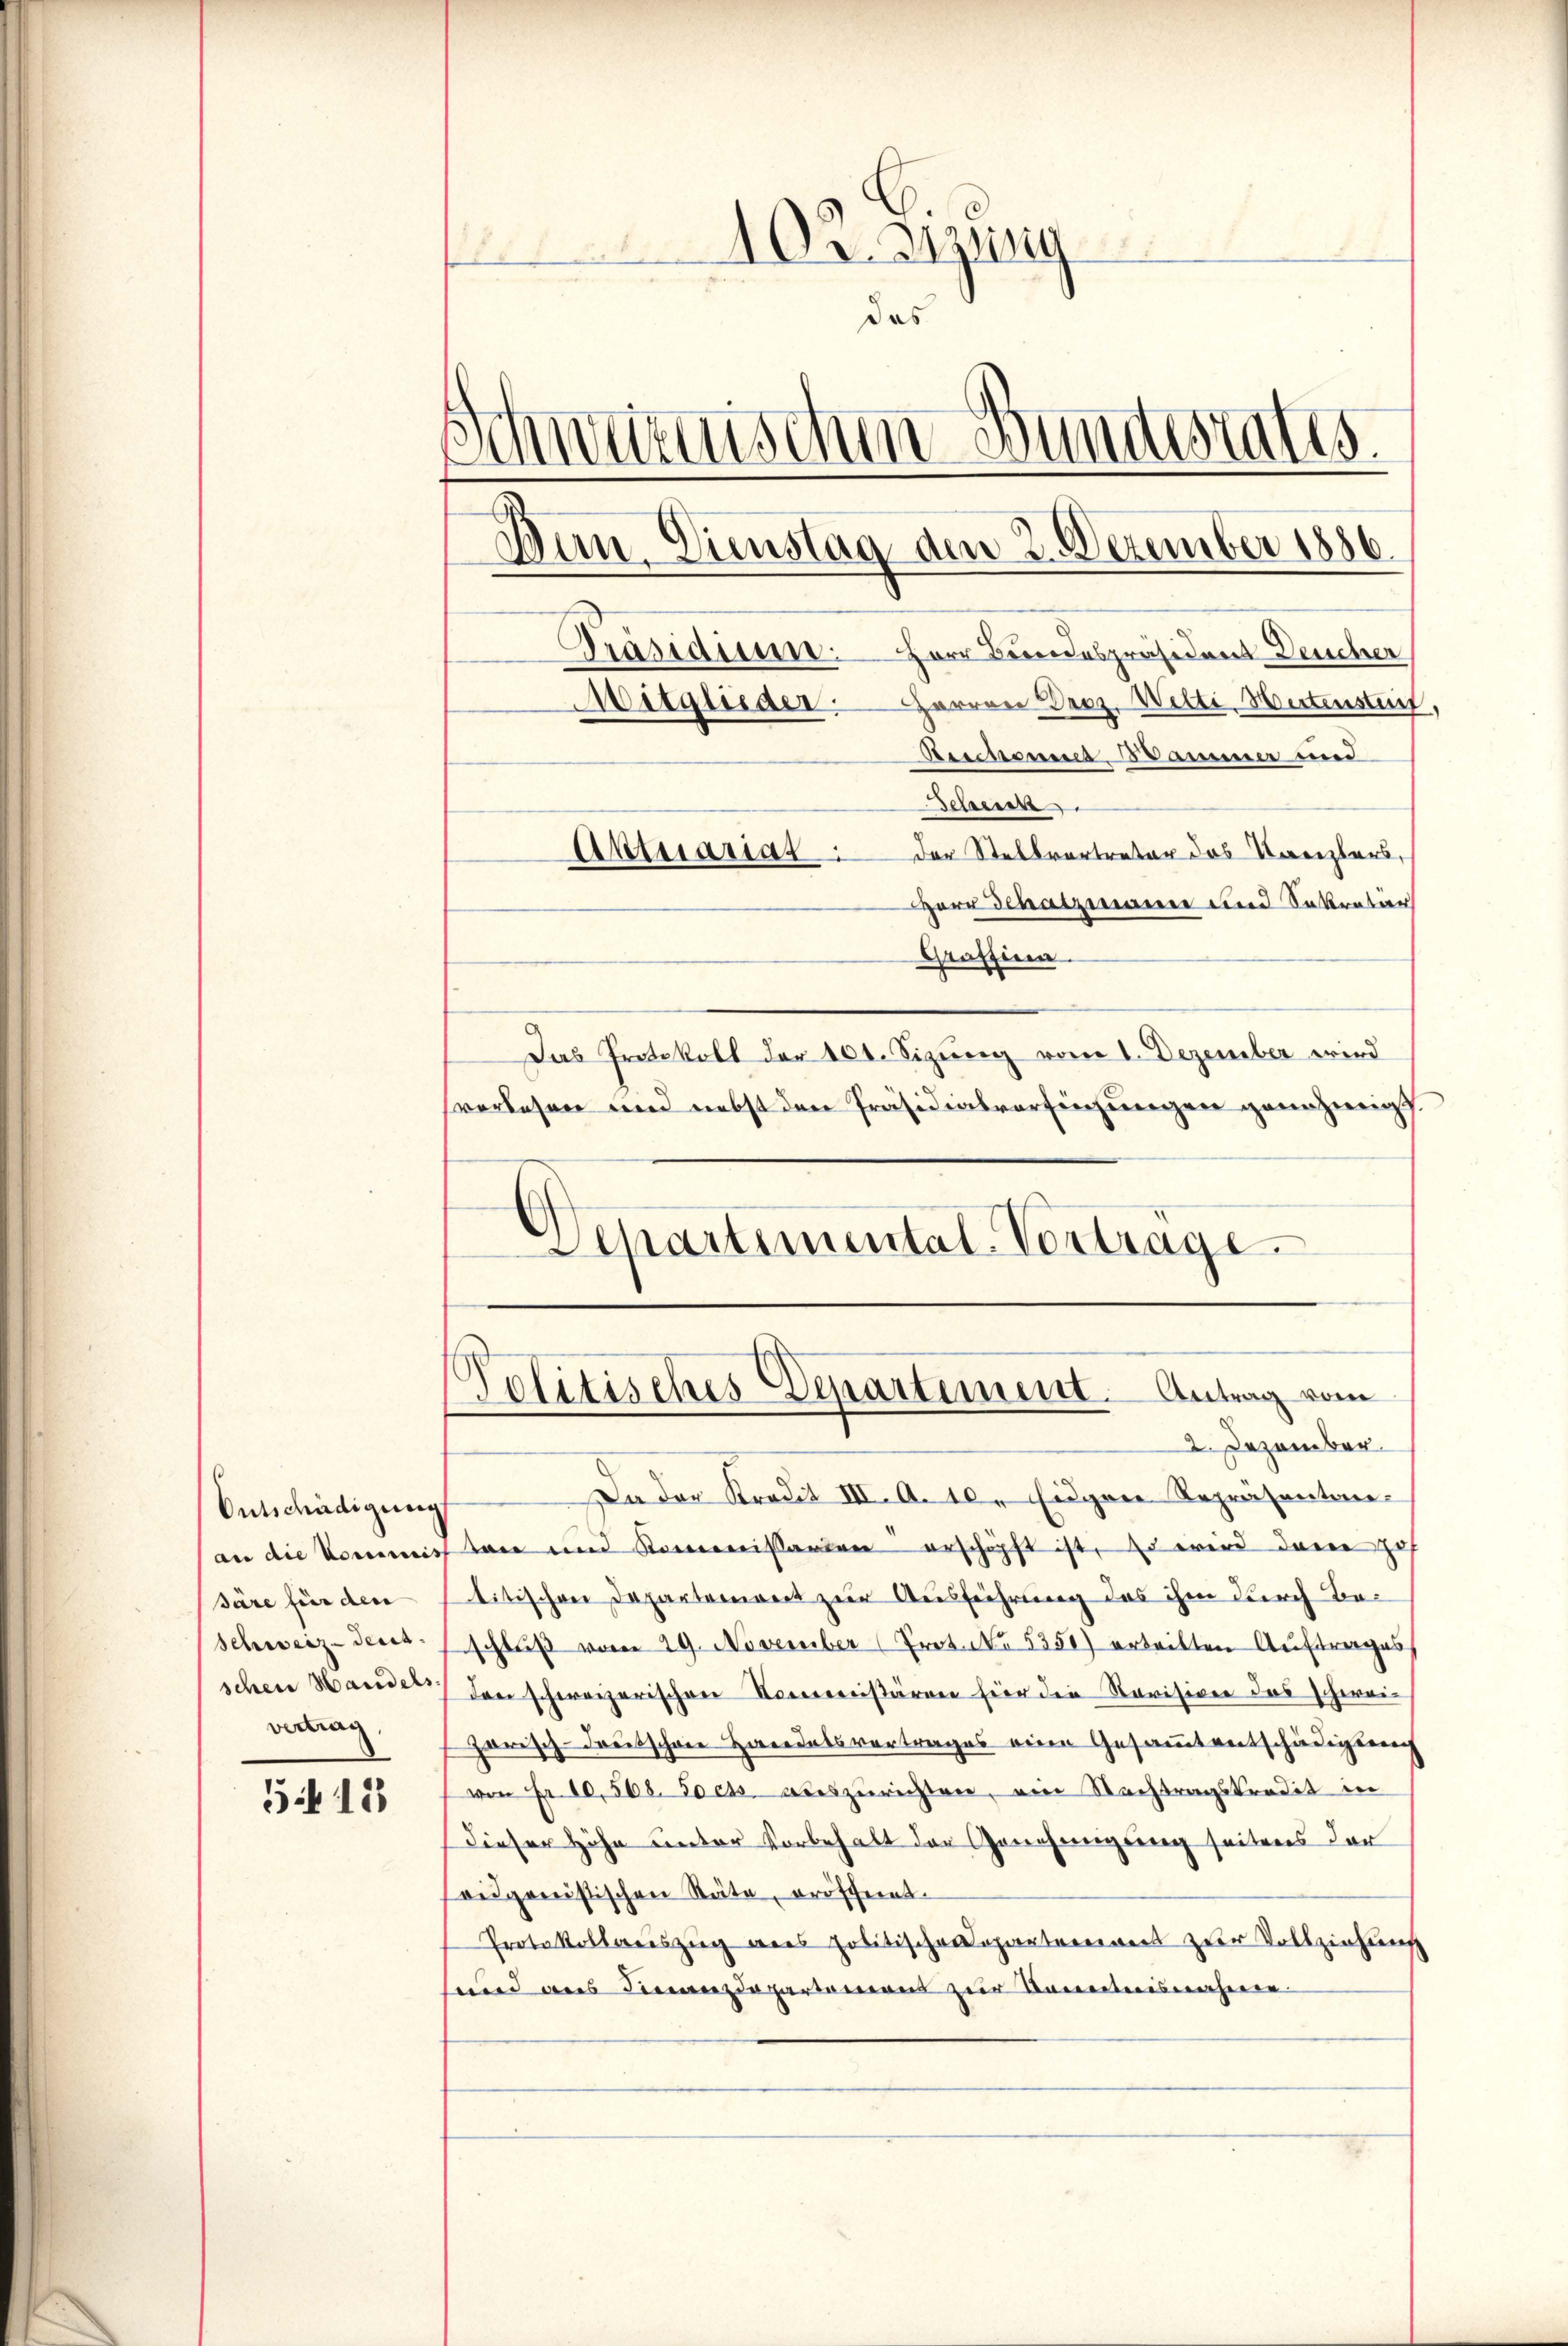
Ontschädigung
an die Vormiss
säre für den |
Schweiz-Sect
schen Handels
vertrag

518

102. sizung
das
Schwurnischen Bundesrates.
Witquider. Herren Droz. Welti. Hirtenstet,
Aismann Mammer und
Desseren.
Aktuariat der Stellvertreter das Kanzlers,
Herr Schatzmann und Sekretär
Graffinen
Das Protokoll der 100. Sizung vom 1. Dezember wird
sverlesen und nebst den Präsidialverfügungen genehmigt.

2. Dezember.
Da der Kredit III. A. 10. Eigen Repräsentan-
tare und Kommissarien erschöpft ist, so wird dann Hof
litischen Departement zur Ausführung das ihm durch Beschluß vom 29. November (Prot. No. 5351) erteilten Auftrages
den schweizerischen Kommenstären hier die Revisione das Schweigarisch-Freitschrie Handelsvertrages eine Gesammtentschädigung
von Fr. 10,508. So ets auszurichten, ein Nachtragskredit in
Dieser Höhe unter Vorbehalt der Genehmigung seitens der
eidganistischen Räte, eröfcheint.
Protokollariszug aus politische Departement zur Vollziehung
end aus Finanzdepartamens zur Sonntnisnahmen

Dun. Dienstag dem 2. Dezember 1886.
Präsidiuun: Herr Bundespräsident Deucher

Departemental Vertrage

.
Politisches Departement. Antrag vom